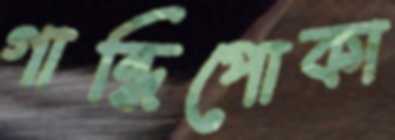
গান্ধিপোকা